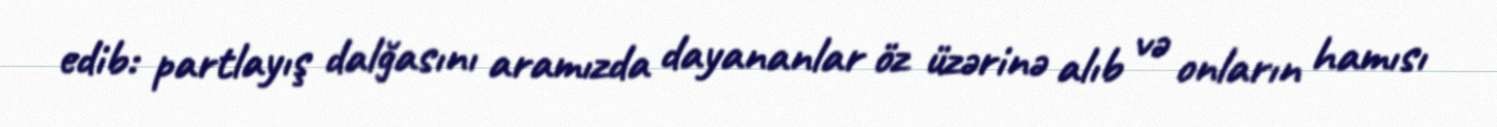
edib: partlayış dalğasını aramızda dayananlar öz üzərinə alıb və onların hamısı